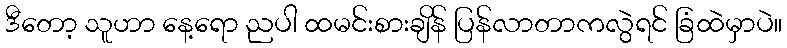
ဒီတော့ သူဟာ နေ့ရော ညပါ ထမင်းစားချိန် ပြန်လာတာကလွဲရင် ခြံထဲမှာပဲ။